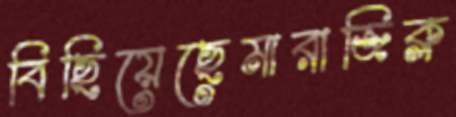
বিছিয়েছেমারাজিক্ল